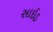
સાઇડ